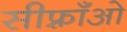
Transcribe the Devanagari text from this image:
सीफ़्राँओ